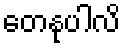
တေနုပါလိ